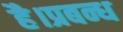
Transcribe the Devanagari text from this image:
है।प्रबन्ध